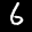
Label: 6